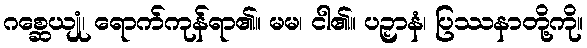
ဂစ္ဆေယျုံ၊ ရောက်ကုန်ရာ၏။ မမ၊ ငါ၏။ ပဉှာနံ၊ ပြဿနာတို့ကို။